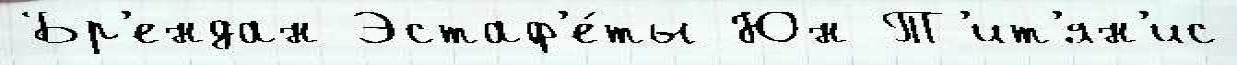
Бр'ендан Эстаф'е́ты Юн Т'ит'ян'ис